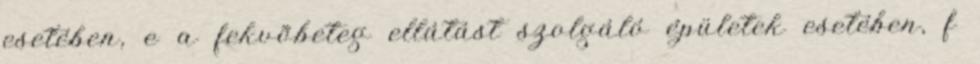
esetében, e a fekvõbeteg ellátást szolgáló épületek esetében, f